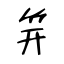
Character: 笄